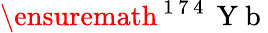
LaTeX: \ensuremath{{^\mathrm{~1~7~4~}\mathrm{~Y~b~}}}